Medical and sanitary report of the native army of Bengal for the year
Year: 1874
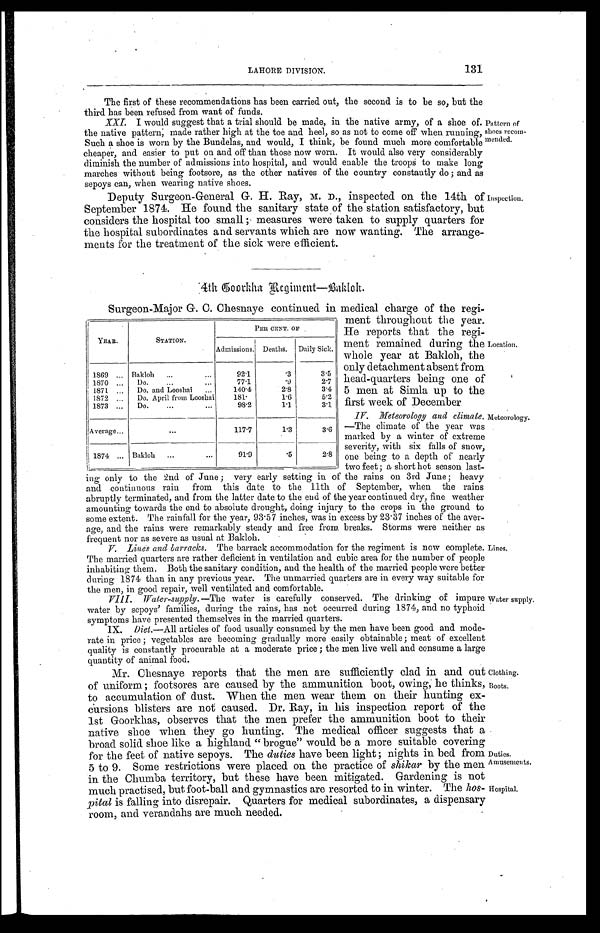
LAHORE DIVISION.
131
clothing.
Boots.
Duties.
Amusements.
Hospital.
The first of these recommendations has been carried out, the second is to be so, but the
third has been refused from want of funds.
XXI. I would suggest that a trial should be made, in the native army, of a shoe of
the native pattern, made rather high at the toe and heel, so as not to come off when running,
Such a shoe is worn by the Bundelas, and would, I think, be found much more comfortable
cheaper, and easier to put on and off than those now worn. It would also very considerably
diminish the number of admissions into hospital, and would enable the troops to make long
marches without being footsore, as the other natives of the country constantly do; and as
sepoys can, when wearing native shoes.
Pattern of
shoes recom
-
mended.
Deputy Surgeon-General G. H. Ray, M. D., inspected on the 14th of
September 1874. He found the sanitary state of the station satisfactory, but
considers the hospital too small; measures were taken to supply quarters for
the hospital subordinates and servants which are now wanting. The arrange-
ments for the treatment of the sick were efficient.
Inspection.
4th Goorkha Regiment—Bakloh.
Surgeon-Major G. C. Chesnaye continued in medical charge of the regi
-
ment throughout the year.
He reports that the regi
-
ment remained during the
whole year at Bakloh, the
only detachment absent from
head-quarters being one of
5 men at Simla up to the
first week of December
IV. Meteorology and climate.
—The climate of the year was
marked by a winter of extreme
severity, with six falls of snow,
one being to a depth of nearly
two feet; a short hot season last
-
ing only to the 2nd of June; very early setting in of the rains on 3rd June; heavy
and continuous rain from this date to the 11th of September, when the rains
abruptly terminated, and from the latter date to the end of the year continued dry, fine weather
amounting towards the end to absolute drought, doing injury to the crops in the ground to
some extent. The rainfall for the year, 93.57 inches, was in excess by 23.37 inches of the aver-
age, and the rains were remarkably steady and free from breaks. Storms were neither as
frequent nor as severe as usual at Bakloh.
V Lines and barracks. The barrack accommodation for the regiment is now complete.
The married quarters are rather deficient in ventilation and cubic area for the number of people
inhabiting them. Both the sanitary condition, and the health of the married people were better
during 1874 than in any previous year. The unmarried quarters are in every way suitable for
the men, in good repair, well ventilated and comfortable.
YEAR.
STATION.
PER CENT OF
Admissions. Deaths.
Daily Sick.
1869 . . .
B a k l o h . . .
92.1
.3
3.5
1870 . . .
D o . . . .
77.1
.9
2.7
1871 . . .
Do. and Looshai . . .
140.4
2.8
3.4
1872 . . .
Do. April from Looshai
181.
1.6
5.2
1873 . . .
Do. . . .
98.2
1.1
3.1
Average . . .
. . .
117.7
1.3
3.6
1874 . . .
Bakloh . . .
91.9
.5
2.8
Meteorology.
Lines.
VIII. Water-supply.—The water is carefully conserved. The drinking of impure
water by sepoys' families, during the rains, has not occurred during 1874, and no typhoid
symptoms have presented themselves in the married quarters.
IX. Diet.—All articles of food usually consumed by the men have been good and mode
-
rate in price; vegetables are becoming gradually more easily obtainable; meat of excellent
quality is constantly procurable at a moderate price; the men live well and consume a large
quantity of animal food.
Mr. Chesnaye reports that the men are sufficiently clad in and out
of uniform; footsores are caused by the ammunition boot, owing, he thinks,
to accumulation of dust. When the men wear them on their hunting ex
-
cursions blisters are not caused. Dr. Ray, in his inspection report of the
1st Goorkhas, observes that the men prefer the ammunition boot to their
native shoe when they go hunting. The medical officer suggests that a
broad solid shoe like a highland "brogue" would be a more suitable covering
for the feet of native sepoys. The duties have been light; nights in bed from
5 to 9. Some restrictions were placed on the practice of shikar by the men
in the Chumba territory, but these have been mitigated. Gardening is not
much practised, but foot-ball and gymnastics are resorted to in winter. The hos-
pital is falling into disrepair. Quarters for medical subordinates, a dispensary
room, and verandahs are much needed.
Water supply.